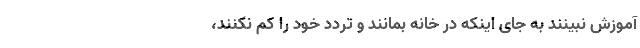
آموزش نبینند به جای اینکه در خانه بمانند و تردد خود را کم نکنند،